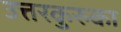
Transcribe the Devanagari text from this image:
उत्तरकुरुका